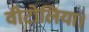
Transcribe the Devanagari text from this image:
वीटोलिया।